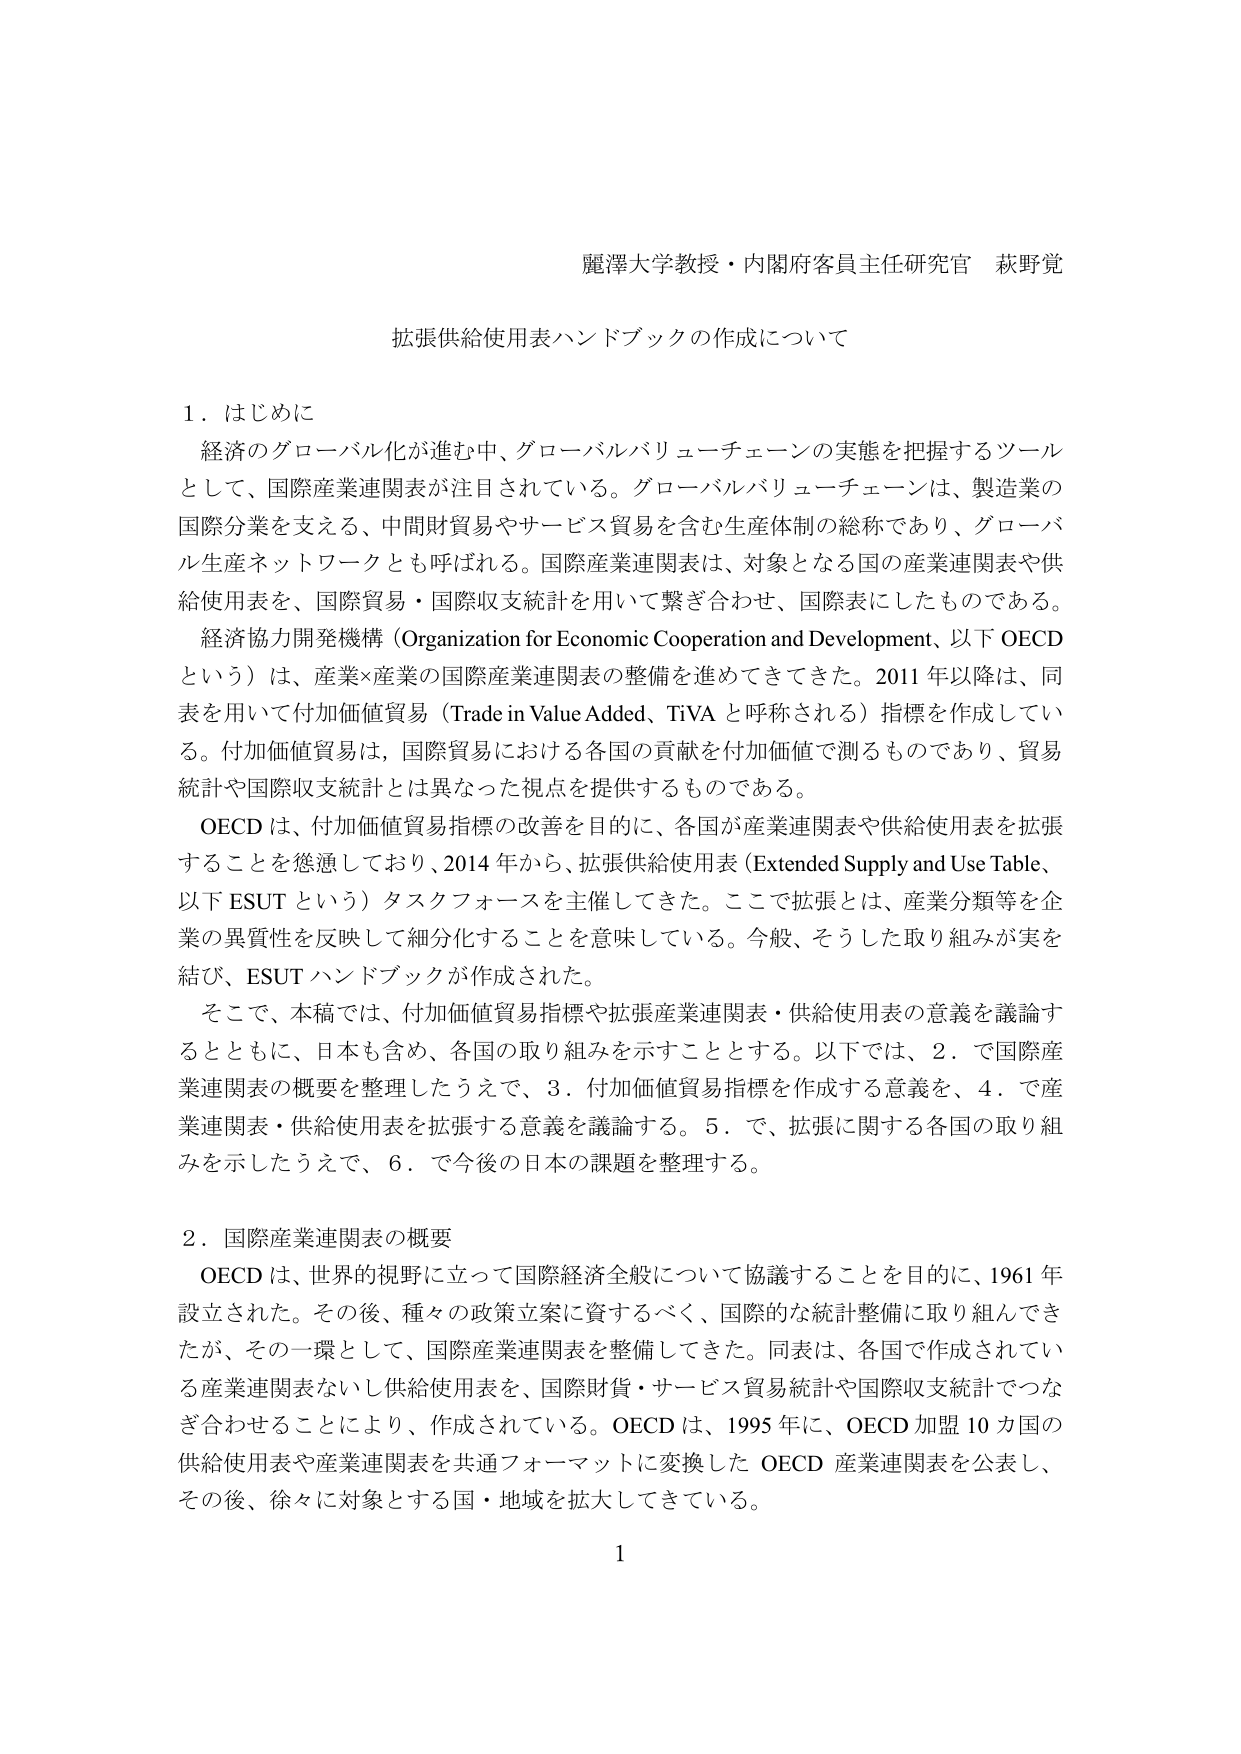
麗澤大学教授・内閣府客員主任研究官 萩野覚

拡張供給使用表ハンドブックの作成について

１．はじめに
　経済のグローバル化が進む中、グローバルバリューチェーンの実態を把握するツール
として、国際産業連関表が注目されている。グローバルバリューチェーンは、製造業の
国際分業を支える、中間財貿易やサービス貿易を含む生産体制の総称であり、グローバ
ル生産ネットワークとも呼ばれる。国際産業連関表は、対象となる国の産業連関表や供
給使用表を、国際貿易・国際収支統計を用いて繋ぎ合わせ、国際表にしたものである。
　経済協力開発機構（Organization for Economic Cooperation and Development、以下 OECD
という）は、産業×産業の国際産業連関表の整備を進めてきてきた。2011 年以降は、同
表を用いて付加価値貿易（Trade in Value Added、TiVA と呼称される）指標を作成してい
る。付加価値貿易は、国際貿易における各国の貢献を付加価値で測るものであり、貿易
統計や国際収支統計とは異なった視点を提供するものである。
　OECD は、付加価値貿易指標の改善を目的に、各国が産業連関表や供給使用表を拡張
することを懸念しており、2014 年から、拡張供給使用表（Extended Supply and Use Table、
以下 ESUT という）タスクフォースを主催してきた。ここで拡張とは、産業分類等を企
業の異質性を反映して細分化することを意味している。今般、そうした取り組みが実を
結び、ESUT ハンドブックが作成された。
　そこで、本稿では、付加価値貿易指標や拡張産業連関表・供給使用表の意義を議論す
るとともに、日本も含め、各国の取り組みを示すこととする。以下では、２．で国際産
業連関表の概要を整理したうえで、３．付加価値貿易指標を作成する意義を、４．で産
業連関表・供給使用表を拡張する意義を議論する。５．で、拡張に関する各国の取り組
みを示したうえで、６．で今後の日本の課題を整理する。

２．国際産業連関表の概要
　OECD は、世界的視野に立って国際経済全般について協議することを目的に、1961 年
設立された。その後、種々の政策立案に資するべく、国際的な統計整備に取り組んでき
たが、その一環として、国際産業連関表を整備してきた。同表は、各国で作成されてい
る産業連関表ないし供給使用表を、国際財貨・サービス貿易統計や国際収支統計でつな
ぎ合わせることにより、作成されている。OECD は、1995 年に、OECD 加盟 10 カ国の
供給使用表や産業連関表を共通フォーマットに変換した OECD 産業連関表を公表し、
その後、徐々に対象とする国・地域を拡大してきている。

1